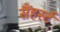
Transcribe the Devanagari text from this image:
सैंहर्स्ट